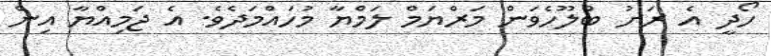
ހޯދީ އެ ރަށު ބްލޫހެވަން މަރްޔަމް ލަމްޔާ މުހައްމަދެވެ. އެ ޖަމިއްޔާ އިން